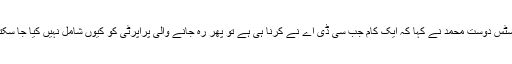
جسٹس دوست محمد نے کہا کہ ایک کام جب سی ڈی اے نے کرنا ہی ہے تو پھر رہ جانے والی پراپرٹی کو کیوں شامل نہیں کیا جا سکتا ۔